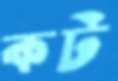
কট